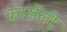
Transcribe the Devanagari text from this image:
कार्सेली